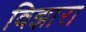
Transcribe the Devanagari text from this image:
विझारा